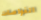
الغواصات